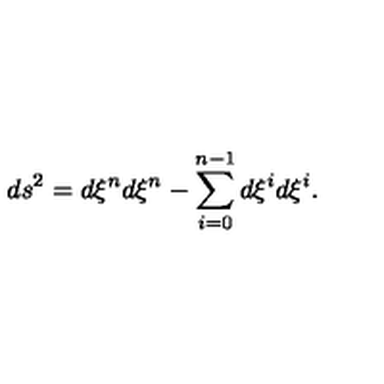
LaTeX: d s ^ { 2 } = d \xi ^ { n } d \xi ^ { n } - \sum _ { i = 0 } ^ { n - 1 } d \xi ^ { i } d \xi ^ { i } .